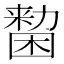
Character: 𠢷